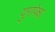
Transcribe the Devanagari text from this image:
युगापेक्षा